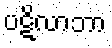
ပဋိလာဘာ